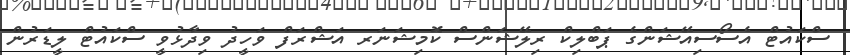
ސްކައުޓް އެސޯސިއޭޝަންގެ ޕަބްލިކް ރިލޭޝަންސް ކޮމިޝަނަރ އަޝްރަފް ވަހީދު ވިދާޅުވީ ސްކައުޓް ލީޑަރުން